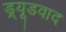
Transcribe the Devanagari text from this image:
ड्र्यूडवाद